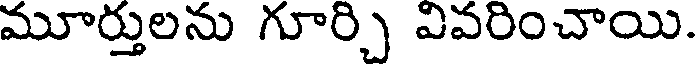
మూర్తులను గూర్చి వివరించాయి.